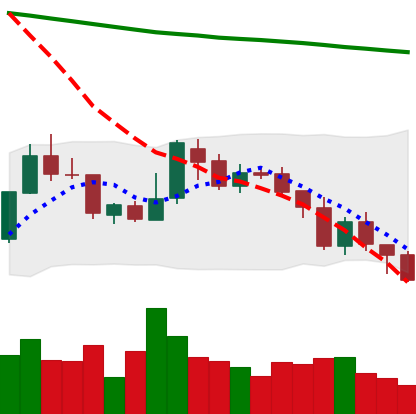
Ticker: XMR-USD
Chart end date: 2018-08-04
Forward return: -11.808%
Label: down_7plus